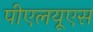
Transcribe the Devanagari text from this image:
पीएलयूएस